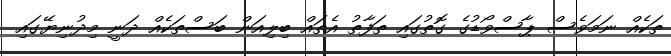
ތަކެއް ނަމަވެސް ޕާސްވޯޑުގެ ގޮތުގައި ތަފާތު އެތައް ބިލިއަން ބަސްތަކެއް ދަނީ މިދުނިޔޭގައި